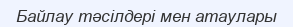
Байлау тәсілдері мен атаулары